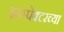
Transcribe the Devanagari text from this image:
इन्स्पेक्टरच्या